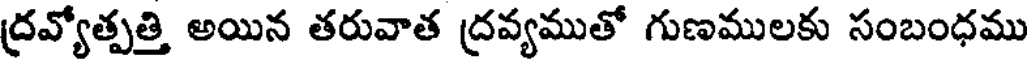
ద్రవ్యోత్పత్తి అయిన తరువాత ద్రవ్యముతో గుణములకు సంబంధము